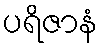
ပရိဇာနံ